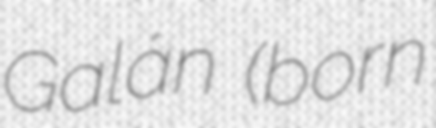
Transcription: Galán (born